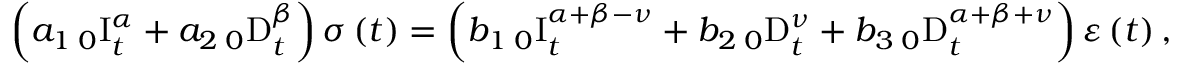
\left( a _ { 1 } \, _ { 0 } \mathrm { I } _ { t } ^ { \alpha } + a _ { 2 } \, _ { 0 } \mathrm { D } _ { t } ^ { \beta } \right) \sigma \left( t \right) = \left( b _ { 1 } \, _ { 0 } \mathrm { I } _ { t } ^ { \alpha + \beta - \nu } + b _ { 2 } \, _ { 0 } \mathrm { D } _ { t } ^ { \nu } + b _ { 3 } \, _ { 0 } \mathrm { D } _ { t } ^ { \alpha + \beta + \nu } \right) \varepsilon \left( t \right) ,